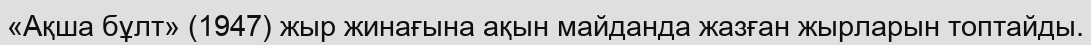
«Ақша бұлт» (1947) жыр жинағына ақын майданда жазған жырларын топтайды.